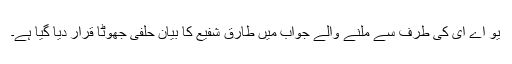
یو اے ای کی طرف سے ملنے والے جواب میں طارق شفیع کا بیان حلفی جھوٹا قرار دیا گیا ہے۔